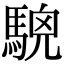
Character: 𩤖